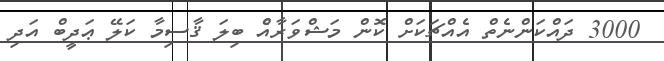
3000 ދައްކަންނެތް އެއްޗަކަށް ކޮން މަޝްވަރާއެް ބިލަ ޤާސިމާ ކަލޭ ޢަދީބް އަދި